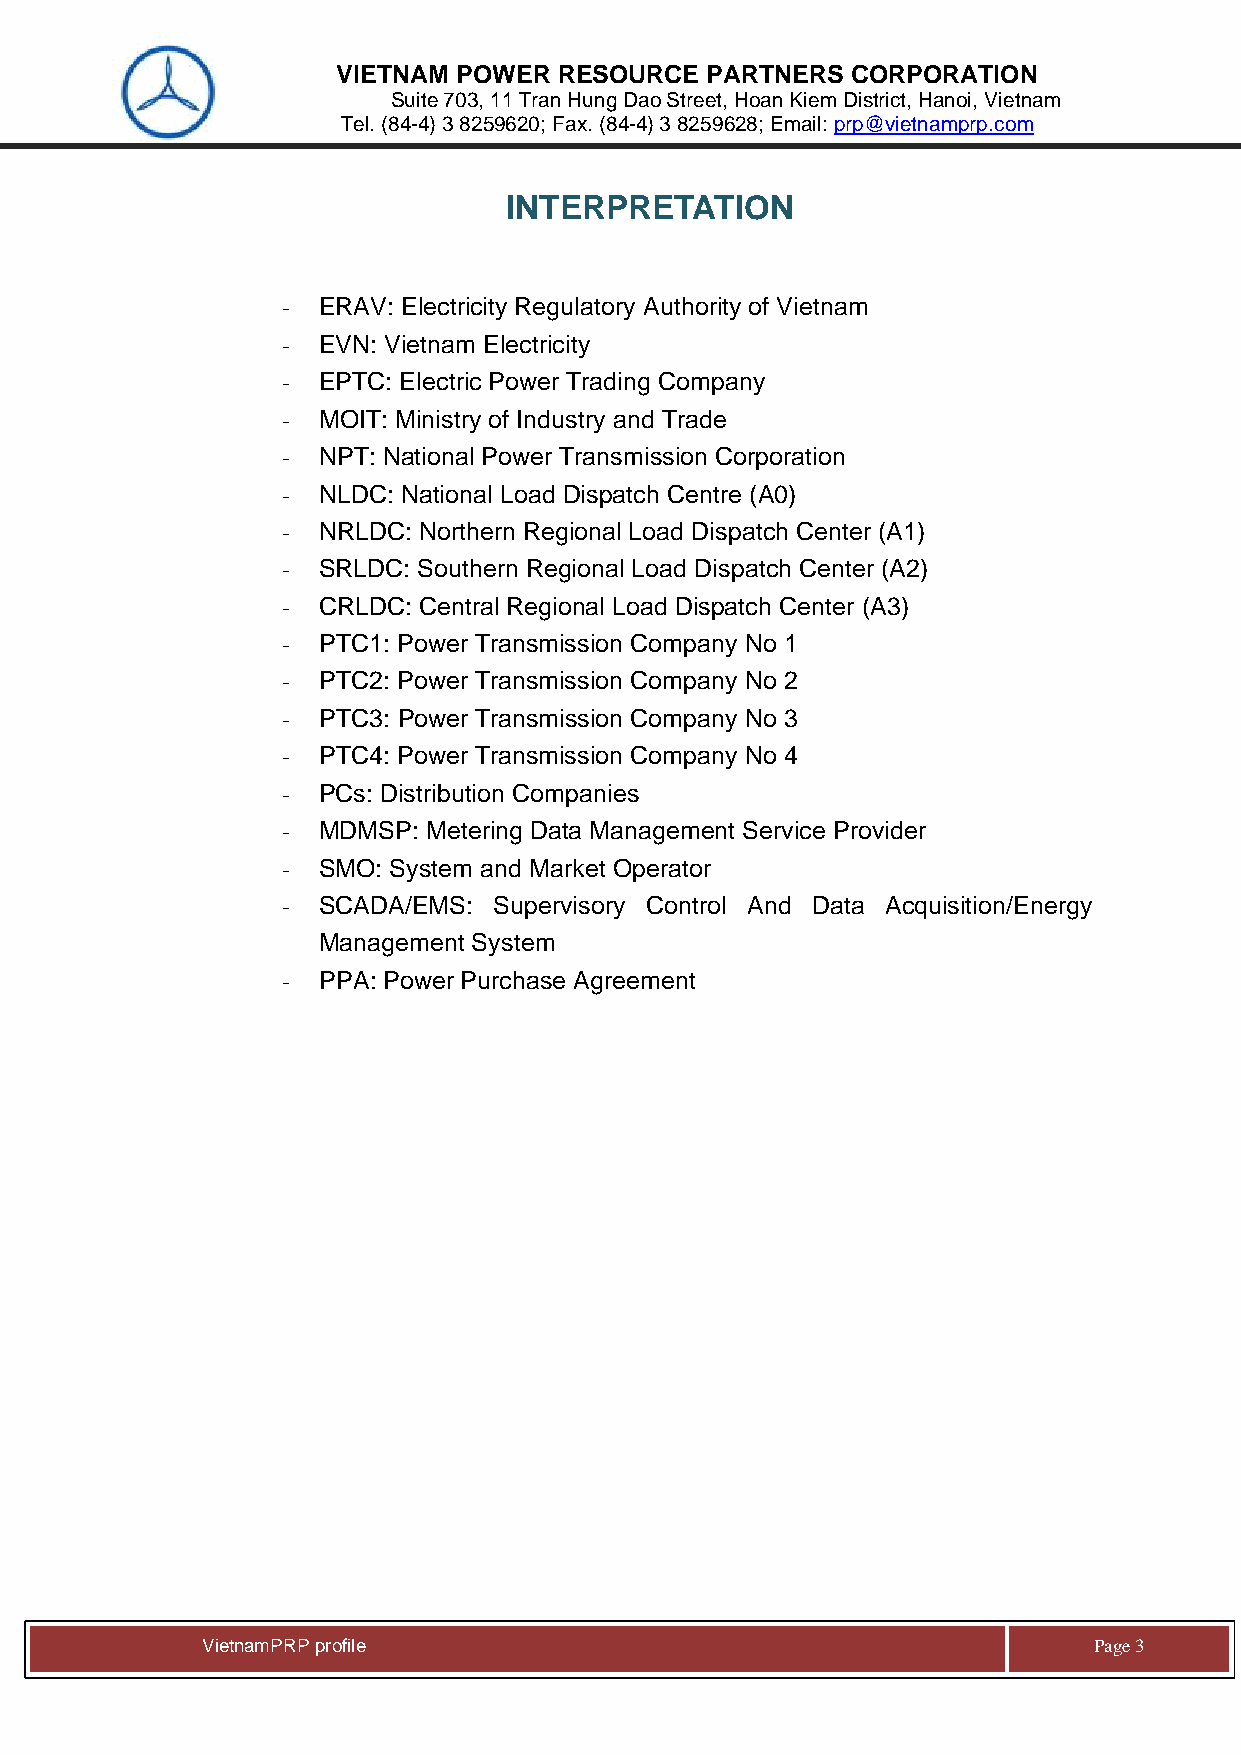
VIETNAM POWER  RESOURCE  PARTNERS CORPORATION
 Suite 703, 11 Tran Hung Dao Street, Hoan Kiem District, Hanoi, Vietnam
 Tel. (84-4) 3 8259620; Fax. (84-4) 3 8259628; Email: prp@vietnamprp.com
 INTERPRETATION
 - ERAV: Electricity Regulatory Authority of Vietnam
 - EVN: Vietnam Electricity
 - EPTC: Electric Power Trading Company
 - MOIT: Ministry of Industry and Trade
 - NPT: National Power Transmission Corporation
 - NLDC: National Load Dispatch Centre (A0)
 - NRLDC: Northern Regional Load Dispatch Center (A1)
 - SRLDC: Southern Regional Load Dispatch Center (A2)
 - CRLDC: Central Regional Load Dispatch Center (A3)
 - PTC1: Power Transmission Company No 1
 - PTC2: Power Transmission Company No 2
 - PTC3: Power Transmission Company No 3
 - PTC4: Power Transmission Company No 4
 - PCs: Distribution Companies
 - MDMSP: Metering Data Management Service Provider
 - SMO: System and Market Operator
 - SCADA/EMS:  Supervisory Control And Data Acquisition/Energy
 Management System
 - PPA: Power Purchase Agreement
 V ietnamPRP profile                                        Page 3